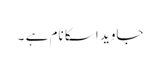
جاوید اسکا نام ہے ۔